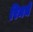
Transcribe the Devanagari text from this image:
रिमचे